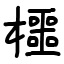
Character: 櫮